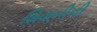
શિવાનીની